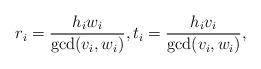
LaTeX: \begin{align*}r_i=\frac{h_iw_i}{\gcd(v_i,w_i)}, t_i=\frac{h_iv_i}{\gcd(v_i,w_i)},\end{align*}